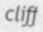
cliff